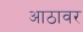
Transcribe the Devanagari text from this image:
आठावर